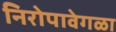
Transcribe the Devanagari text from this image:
निरोपावेगळा